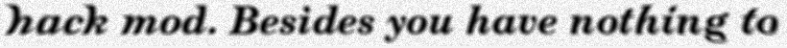
hack mod. Besides you have nothing to